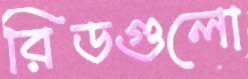
রিডগুলো